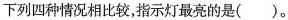
下列四种情况相比较，指示灯最亮的是()。